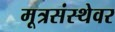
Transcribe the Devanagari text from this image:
मूत्रसंस्थेवर